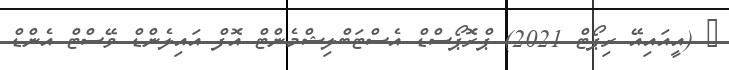
_ (އީއައިއޭ ރިޕޯޓް 2021) ޕްރޮޕޯސްޑް އެސްޓަބްލިޝްމެންޓް އޮފް އައިލެންޑް ވޭސްޓް އެންޑް